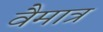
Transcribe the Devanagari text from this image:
वैमात्र